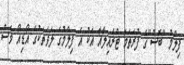
ފިލްމު "ބޮސް"ގެ ފުރަތަމަ ޓްރެއިލާއާ އެކު އެ ފިލްމުގެ ލަވަތަކުގެ އޯޑިއޯ ވެސް